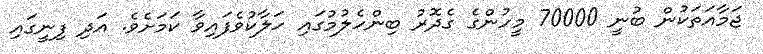
ޖަމާއަތަކުން ބުނީ 70000 މީހުންގެ ގެދޮރު ބިންހެލުމުގައި ހަލާކުވެފައިވާ ކަމަށެވެ. އަދި ފިނީގައި